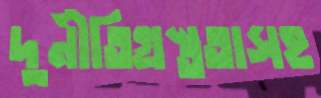
দুর্নীতিগ্রস্ততাসহ